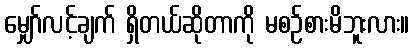
မျှော်လင့်ချက် ရှိတယ်ဆိုတာကို မစဉ်စားမိဘူးလား။